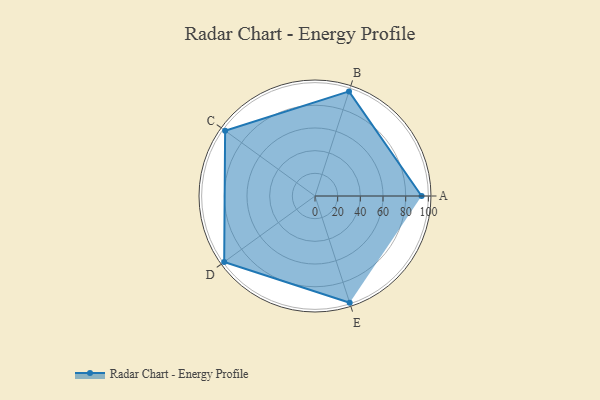
{"axis": {"x": "Skill", "y": "Score"}, "legend": ["Profile"], "data": [{"x": "A", "y": 94.0, "type": "Profile"}, {"x": "B", "y": 97.0, "type": "Profile"}, {"x": "C", "y": 98.0, "type": "Profile"}, {"x": "D", "y": 99, "type": "Profile"}, {"x": "E", "y": 99, "type": "Profile"}]}